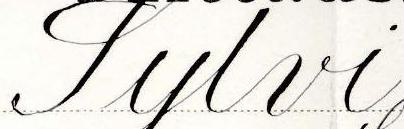
Sylvi